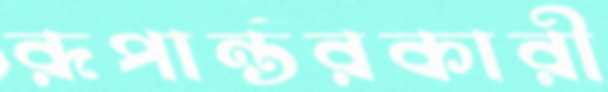
রূপান্তরকারী